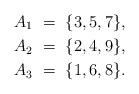
LaTeX: \begin{align*} A_1 \ &= \ \{ 3, 5, 7 \}, \\A_2 \ &= \ \{ 2, 4, 9 \}, \\A_3 \ &= \ \{ 1, 6, 8 \}. \end{align*}